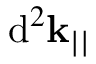
\mathrm { d } ^ { 2 } \mathbf { k } _ { | | }